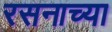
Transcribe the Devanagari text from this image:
रसनाच्या